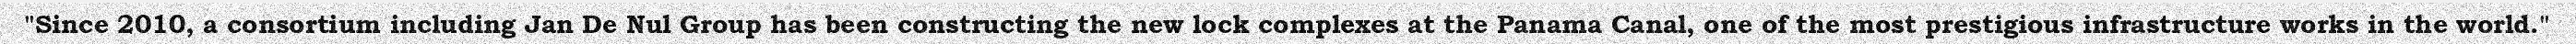
"Since 2010, a consortium including Jan De Nul Group has been constructing the new lock complexes at the Panama Canal, one of the most prestigious infrastructure works in the world."